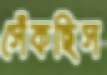
সেঁকছিস